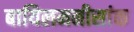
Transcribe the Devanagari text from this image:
बायिलमनीसांक